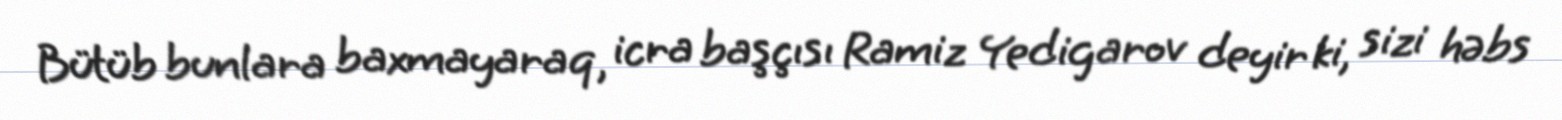
Bütüb bunlara baxmayaraq, icra başçısı Ramiz Yedigarov deyir ki, sizi həbs